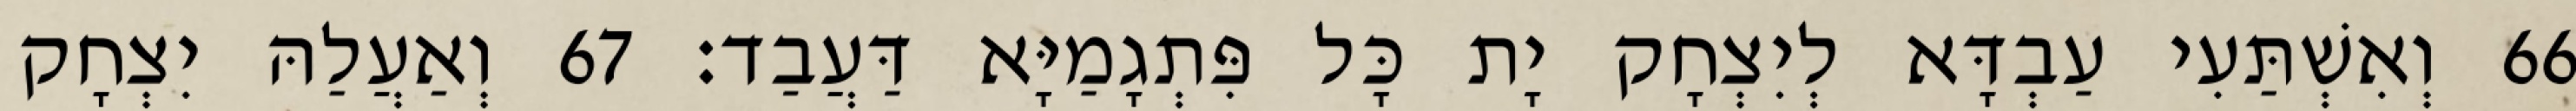
66 וְאִשְׁתַּעִי עַבְדָּא לְיִצְחָק יָת כָּל פִּתְגָמַיָּא דַּעֲבַד׃ 67 וְאַעֲלַהּ יִצְחָק